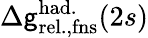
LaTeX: \Delta{\mathsf{g}}_{\mathrm{{rel.,fns}}}^{\mathrm{{had.}}}(2s)